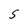
Character: S